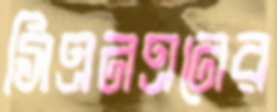
সিএনএনের